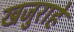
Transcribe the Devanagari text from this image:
खजुराहे